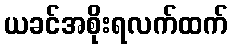
ယခင်အစိုးရလက်ထက်